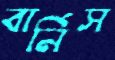
বার্নিস